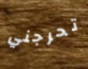
تحرجني